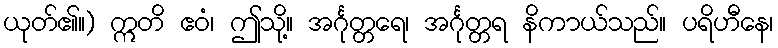
ယုတ်၏။) ဣတိ ဧဝံ၊ ဤသို့။ အင်္ဂုတ္တရေ၊ အင်္ဂုတ္တရ နိကာယ်သည်။ ပရိဟီနေ၊